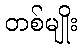
တစ်မျိုး